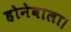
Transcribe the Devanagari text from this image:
होनेवाला।